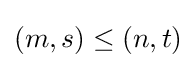
(m,s)\leq (n,t)